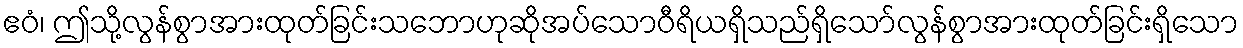
ဧဝံ၊ ဤသို့လွန်စွာအားထုတ်ခြင်းသဘောဟုဆိုအပ်သောဝီရိယရှိသည်ရှိသော်လွန်စွာအားထုတ်ခြင်းရှိသော